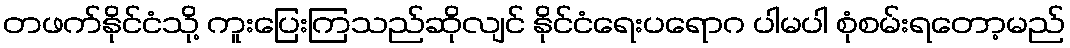
တဖက်နိုင်ငံသို့ ကူးပြေးကြသည်ဆိုလျင် နိုင်ငံရေးပရောဂ ပါမပါ စုံစမ်းရတော့မည်